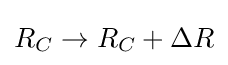
{{R}_{C}}\to {{R}_{C}}+\Delta R